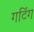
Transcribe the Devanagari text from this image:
गटिंग